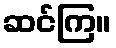
ဆင်ကြ။